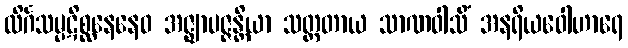
လိင်္ဂသမ္ပဋိစ္ဆနေနေဝ အဇ္ဈာပဇ္ဇန္တိယာ သတ္တတာယ သာဏဝါသိံ အနရိယဝေါဟာရေ